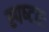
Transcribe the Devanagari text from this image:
स्पष्‍टतः